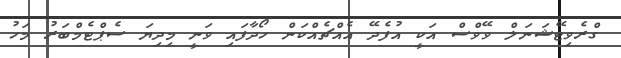
ގްރެވިޓޭޝަނަލް ވޭވްސް އަކީ އުފެދޭ އެއްޗެއްކަން ހޯދާފައި ވަނީ މިދިޔަ ސެޕްޓެމްބަރު މަހު